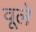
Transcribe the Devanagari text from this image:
वूले